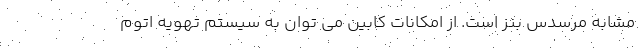
مشابه مرسدس بنز است. از امکانات کابین می توان به سیستم تهویه اتوم